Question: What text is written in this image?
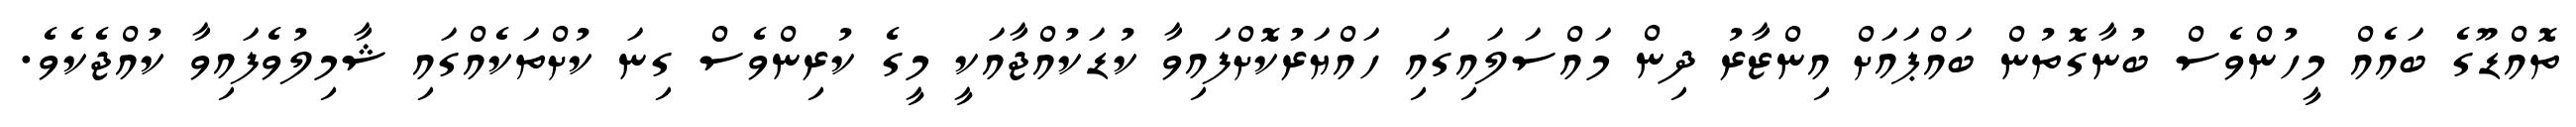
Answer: ތޮއްޑޫގެ ބައެއް މީހުންވެސް ބުނާގޮތުން ބައްޕައަށް އިންޒާރު ދިން މައްސަލައިގައި ހައްޔަރުކޮށްފައިވާ ކުޑަކުއްޖާއަކީ މީގެ ކުރިންވެސް ގިނަ ކުށްތަކެއްގައި ޝާމިލުވެފައިވާ ކުއްޖެކެވެ.